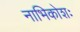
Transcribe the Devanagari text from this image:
नाभिकोशः